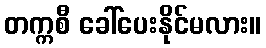
တက္ကစီ ခေါ်ပေးနိုင်မလား။